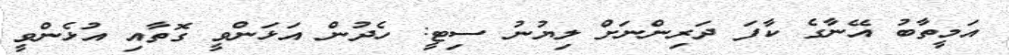
އަމީތާބު އޭނާގެ ކާފަ ދަރިންނަށް ލިޔުނު ސިޓީ: ހެދުން އަޅަންވީ ގޮތާއި އުޅެންވީ